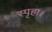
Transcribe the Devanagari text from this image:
स्पृहा॥